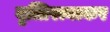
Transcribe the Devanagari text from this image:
वृत्तिरत्नाकर